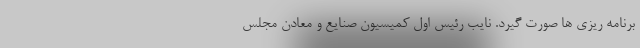
برنامه ريزي ها صورت گيرد. نایب رئیس اول کمیسیون صنايع و معادن مجلس